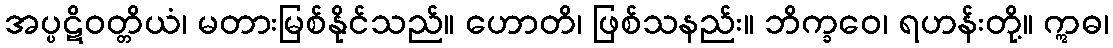
အပ္ပဋိဝတ္တိယံ၊ မတားမြစ်နိုင်သည်။ ဟောတိ၊ ဖြစ်သနည်း။ ဘိက္ခဝေ၊ ရဟန်းတို့။ ဣဓ၊